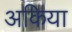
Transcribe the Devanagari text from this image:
अकिया